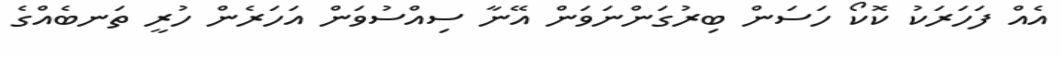
އެއް ފަހަރަކު ކޮކޯ ހަސަން ބިރުގަންނަވަން އޭނާ ސިއްސުވަން އަހަރެން ހުރީ ތަނބެއްގެ